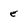
Character: e